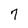
Character: 7